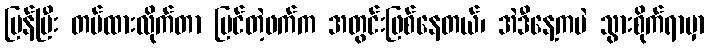
ပြန်ပြီး တပ်ထားလိုက်တာ မြင်တဲ့ဖက်က အတွင်းဖြစ်နေတယ်၊ အဲဒီနေ့ကပဲ သွားစိုက်ရာမှာ